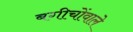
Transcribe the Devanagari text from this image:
बगीचोंवाले